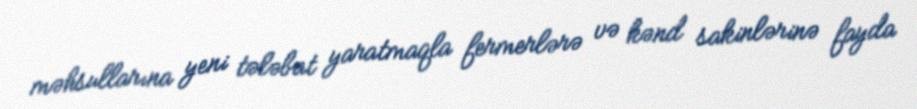
məhsullarına yeni tələbat yaratmaqla fermerlərə və kənd sakinlərinə fayda